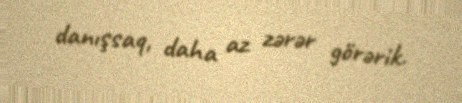
danışsaq, daha az zərər görərik.